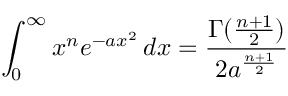
\int _ { 0 } ^ { \infty } x ^ { n } e ^ { - a x ^ { 2 } } \, d x = { \frac { \Gamma ( { \frac { n + 1 } { 2 } } ) } { 2 a ^ { \frac { n + 1 } { 2 } } } }